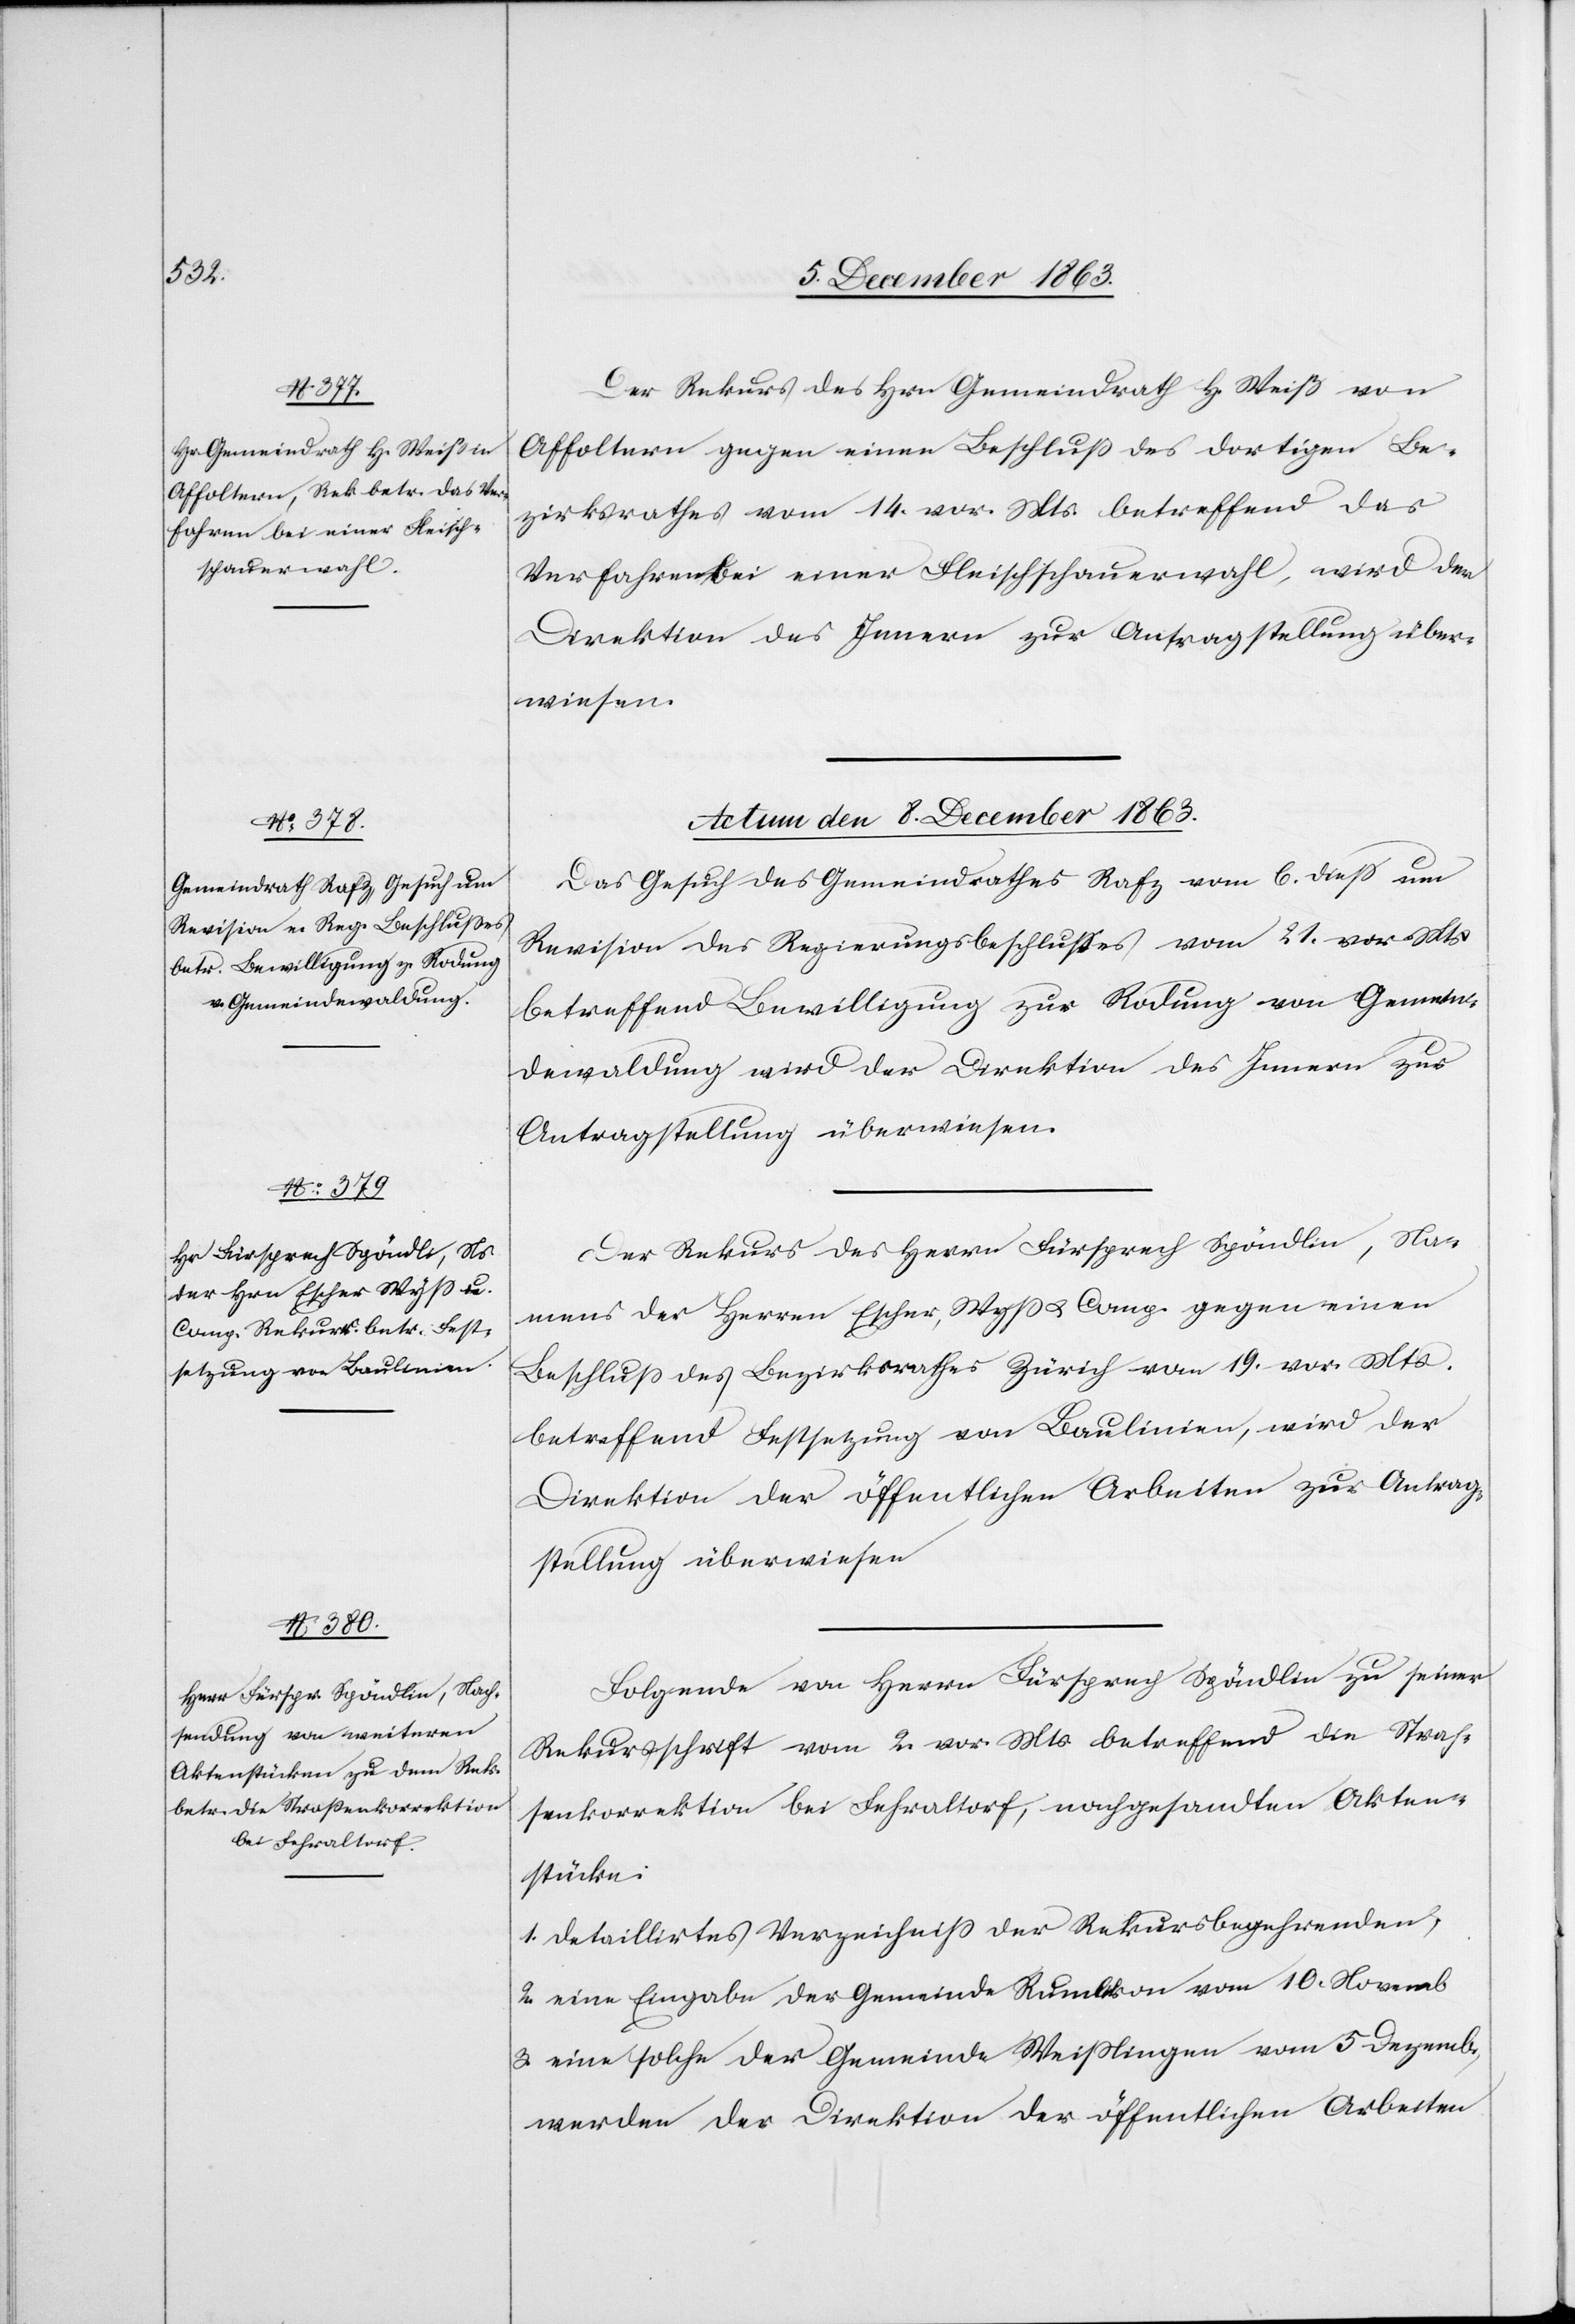
Der Rekurs des Hrn Gemeindrath H. Weiß von
Affoltern gegen einen Beschluß des dortigen Be¬
zirksrathes vom 14. vor. Mts. betreffend das
Verfahren bei einer Fleischschauerwahl, wird der
Direktion des Innern zur Antragstellung über¬
wiesen.
Actum den 8. December 1863.]
Das Gesuch des Gemeindrathes Rafz vom 6. diess um
Revision des Regierungsbeschlusses vom 21. vor. Mts.
betreffend Bewilligung zur Rodung von Gemein¬
dewaldung wird der Direktion des Innern zur
Antragstellung überwiesen.
Der Rekurs des Herrn Fürsprech Spöndlin, Na¬
mens der Herren Escher, Wyss u. Comp. gegen einen
Beschluss des Bezirksrathes Zürich vom 19. vor. Mts.
betreffend Festsetzung von Baulinien, wird der
Direktion der öffentlichen Arbeiten zur Antrag¬
stellung überwiesen.
Folgende von Herrn Fürsprech Spöndlin zu seiner
Rekursschrift vom 2. vor. Mts. betreffend die Stras¬
senkorrektion bei Fehraltorf, nachgesandten Akten¬
stücke:
1. detaillirtes Verzeichniss der Rekursbegehrenden;
2. eine Eingabe der Gemeinde Rumlikon vom 10. Novemb
3. eine solche der Gemeinde Weisslingen vom 5 Dezemb.,
werden der Direktion der öffentlichen Arbeiten